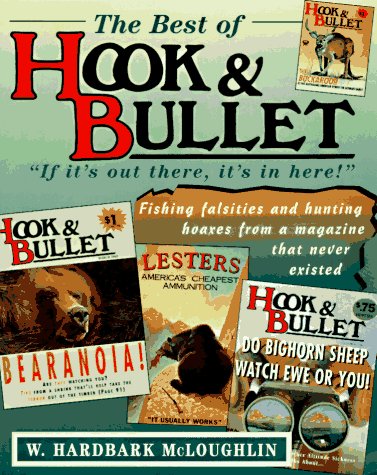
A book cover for The Best of Hook & Bullet; W. Hardbark McLoughlin; Humor & Entertainment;